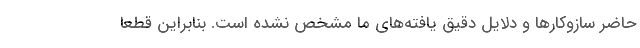
حاضر سازوکارها و دلایل دقیق یافته‌های ما مشخص نشده است. بنابراین قطعاً